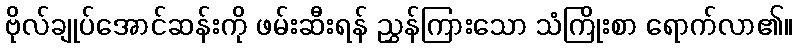
ဗိုလ်ချုပ်အောင်ဆန်းကို ဖမ်းဆီးရန် ညွှန်ကြားသော သံကြိုးစာ ရောက်လာ၏။